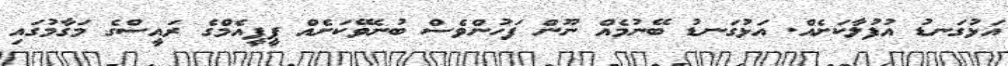
އަޅުގަނޑު އުފުލާކަށެއް. އަޅުގަނޑު ބޭނުމެއް ނޫން ފަހުންވެސް ބުނެވޭކަށެއް ޕީޕީއެމްގެ ރައީސްގެ މަގާމުގައި